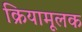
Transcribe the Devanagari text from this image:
क्रियामूलक